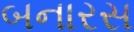
બનારસ